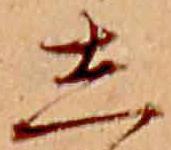
し